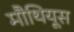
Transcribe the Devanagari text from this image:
मौथियूस